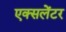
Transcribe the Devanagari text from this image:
एक्सलेंटर